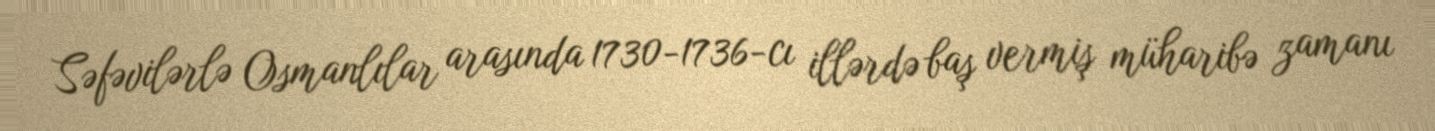
Səfəvilərlə Osmanlılar arasında 1730-1736-cı illərdə baş vermiş müharibə zamanı